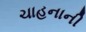
ચાહનાની